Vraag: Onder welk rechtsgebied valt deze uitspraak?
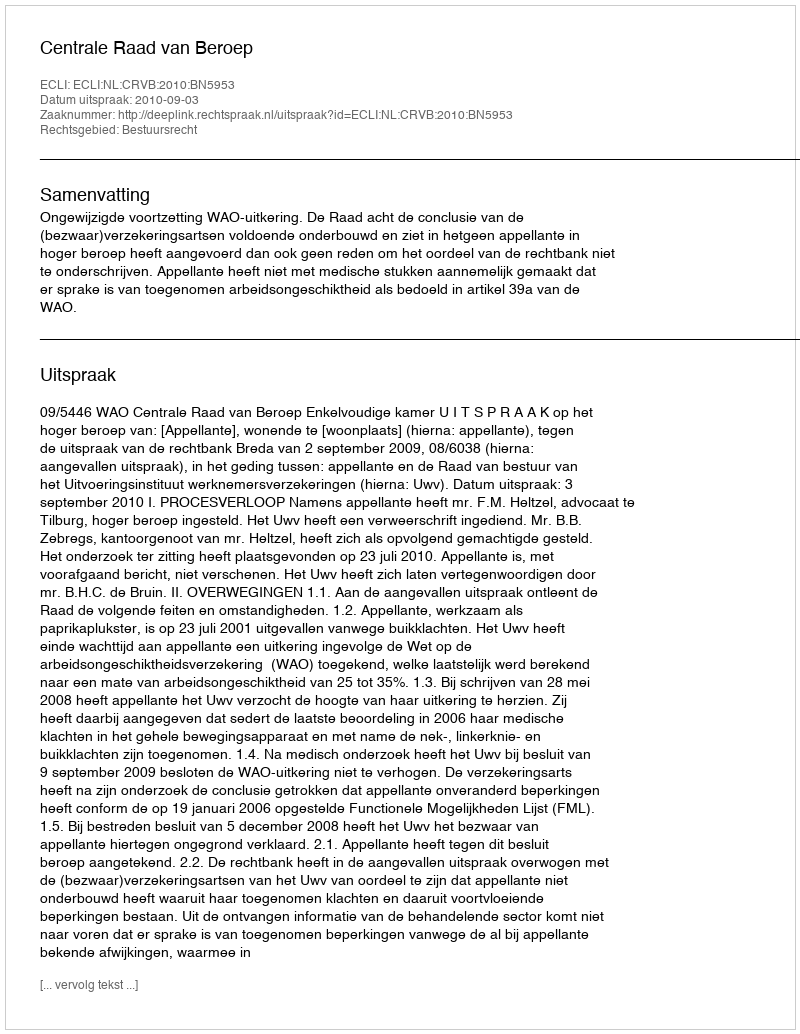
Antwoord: Bestuursrecht